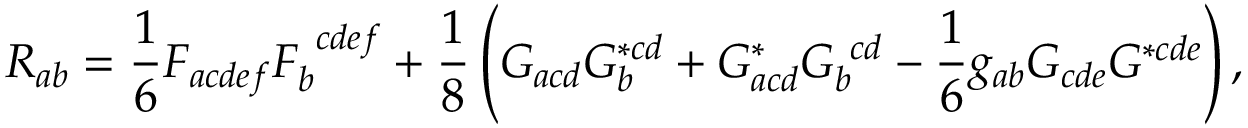
R _ { a b } = \frac { 1 } { 6 } F _ { a c d e f } F _ { b } ^ { ~ c d e f } + \frac { 1 } { 8 } \left( G _ { a c d } G _ { b } ^ { * c d } + G _ { a c d } ^ { * } G _ { b } ^ { ~ c d } - \frac { 1 } { 6 } g _ { a b } G _ { c d e } G ^ { * c d e } \right) ,